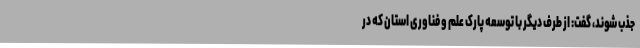
جذب شوند، گفت: از طرف دیگر با توسعه پارک علم و فناوری استان که در